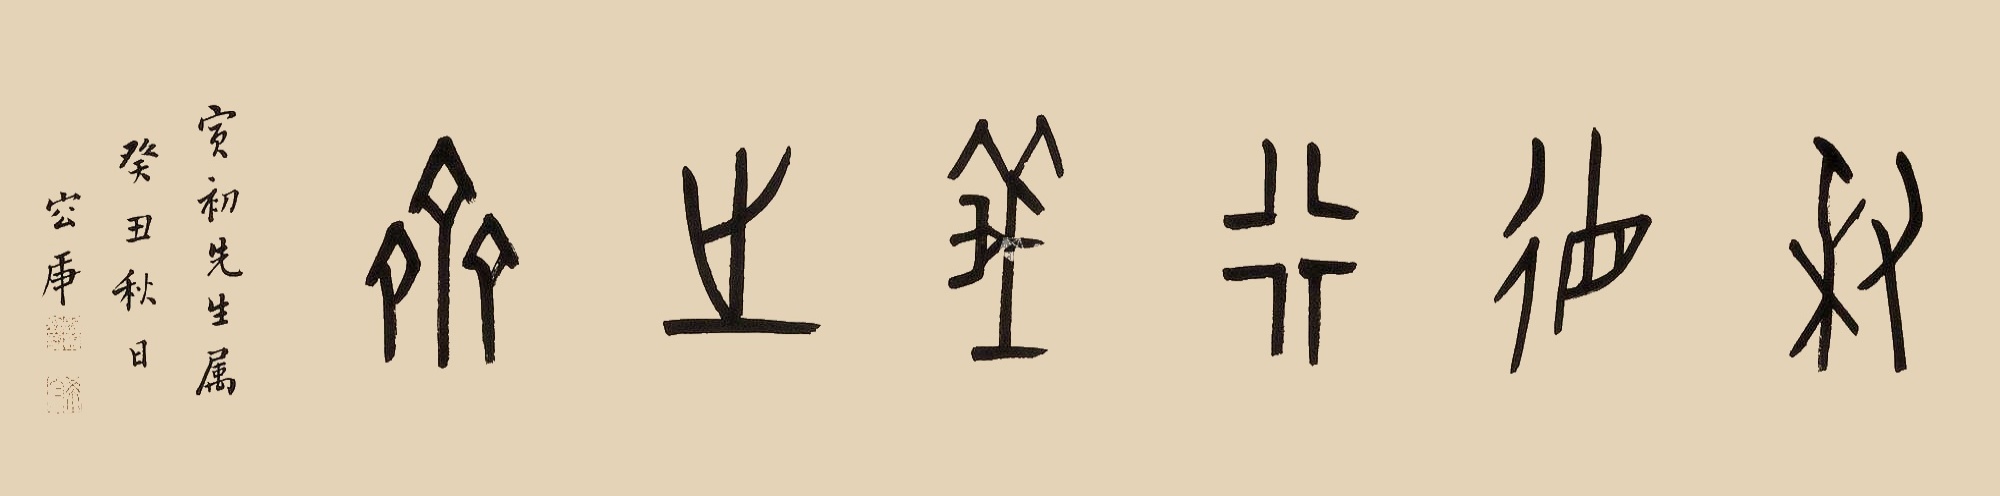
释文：秉德行义之斋。寅初先生属，癸丑秋日，容庚。